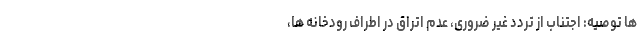
ها توصیه: اجتناب از تردد غیر ضروری، عدم اتراق در اطراف رودخانه ها،